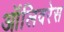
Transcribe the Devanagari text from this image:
ऑलिवरेस